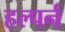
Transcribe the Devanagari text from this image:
हल्पर्न